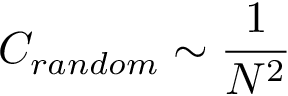
C _ { r a n d o m } \sim \frac { 1 } { N ^ { 2 } }